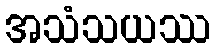
အသံသယဿ